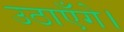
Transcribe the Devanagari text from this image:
उठाएँगे।